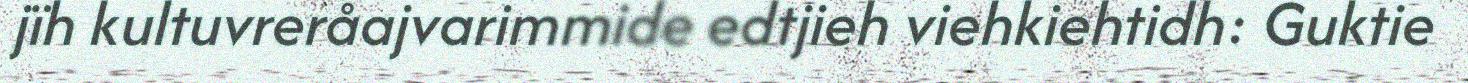
jïh kultuvreråajvarimmide edtjieh viehkiehtidh: Guktie